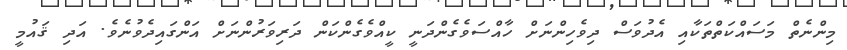
މިންނެތް މަސައްކަތްތަކާއި އެދުވަސް ދިވެހިންނަށް ހާއްސަވެގެންދަނީ ކީއްވެގެންކަން ދަރިވަރުންނަށް އަންގައިދެވުނެވެ. އަދި ޤައުމީ